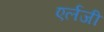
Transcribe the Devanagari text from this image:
एर्लजी